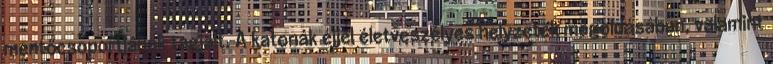
mentőcsoportjának tagjait. A katonák éjjel életveszélyes helyzetek megoldásában, valamint